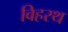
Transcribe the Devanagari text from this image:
विहरथ